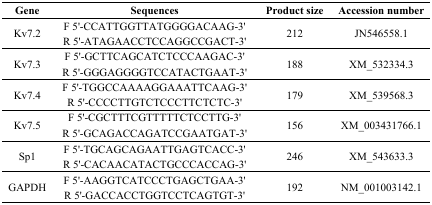
<table><thead><tr><td><b>Gene</b></td><td><b>Sequences</b></td><td><b>Product size</b></td><td><b>Accession number</b></td></tr></thead><tbody><tr><td>Kv7.2</td><td>F 5′-CCATTGGTTATGGGGACAAG-3′R 5′-ATAGAACCTCCAGGCCGACT-3′</td><td>212</td><td>JN546558.1</td></tr><tr><td>Kv7.3</td><td>F 5′-GCTTCAGCATCTCCCAAGAC-3′R 5′-GGGAGGGGTCCATACTGAAT-3′</td><td>188</td><td>XM_532334.3</td></tr><tr><td>Kv7.4</td><td>F 5′-TGGCCAAAAGGAAATTCAAG-3′R 5′-CCCCTTGTCTCCCTTCTCTC-3′</td><td>179</td><td>XM_539568.3</td></tr><tr><td>Kv7.5</td><td>F 5′-CGCTTTCGTTTTTCTCCTTG-3′R 5′-GCAGACCAGATCCGAATGAT-3′</td><td>156</td><td>XM_003431766.1</td></tr><tr><td>Sp1</td><td>F 5′-TGCAGCAGAATTGAGTCACC-3′R 5′-CACAACATACTGCCCACCAG-3′</td><td>246</td><td>XM_543633.3</td></tr><tr><td>GAPDH</td><td>F 5′-AAGGTCATCCCTGAGCTGAA-3′R 5′-GACCACCTGGTCCTCAGTGT-3′</td><td>192</td><td>NM_001003142.1</td></tr></tbody></table>